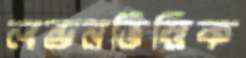
লন্ডনভিত্তিক